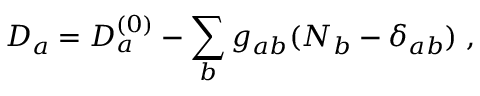
D _ { a } = D _ { a } ^ { ( 0 ) } - \sum _ { b } g _ { a b } ( N _ { b } - \delta _ { a b } ) \; ,